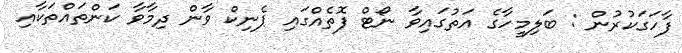
ފާހަގަކުރުން : ބަލިމީހާގެ އަތުގައިވާ ނޯޓް ފޮތެއްގައި ޕެނިކް ވާން ދިމާވާ ކަންތައްތަކާއި